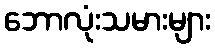
ဘောလုံးသမားများ